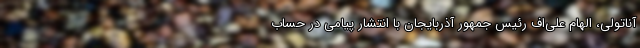
آناتولی، الهام علی‌اف رئیس جمهور آذربایجان با انتشار پیامی در حساب